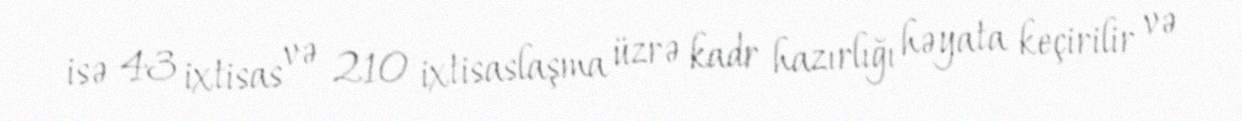
isə 43 ixtisas və 210 ixtisaslaşma üzrə kadr hazırlığı həyata keçirilir və